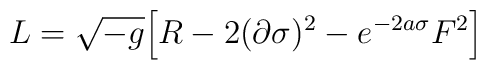
L= \sqrt{-g}\Big[ R -2(\partial\sigma)^2 - e^{-2a\sigma}F^2\Big]